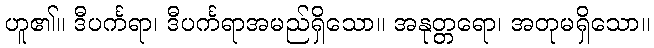
ဟူ၏။ ဒီပင်္ကရာ၊ ဒီပင်္ကရာအမည်ရှိသော။ အနုတ္တရော၊ အတုမရှိသော။